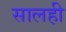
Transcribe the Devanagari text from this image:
सालही